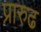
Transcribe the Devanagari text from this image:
प्रारुढ